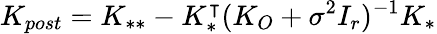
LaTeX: K_{post}=K_{**}-K_{*}^{\intercal}(K_{O}+\sigma^{2}I_{r})^{-1}K_{*}